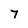
Character: 7